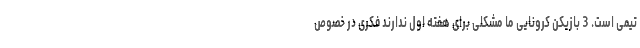
تیمی است. 3 بازیکن کرونایی ما مشکلی برای هفته اول ندارند فکری در خصوص